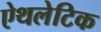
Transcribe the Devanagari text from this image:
ऐथलेटिक